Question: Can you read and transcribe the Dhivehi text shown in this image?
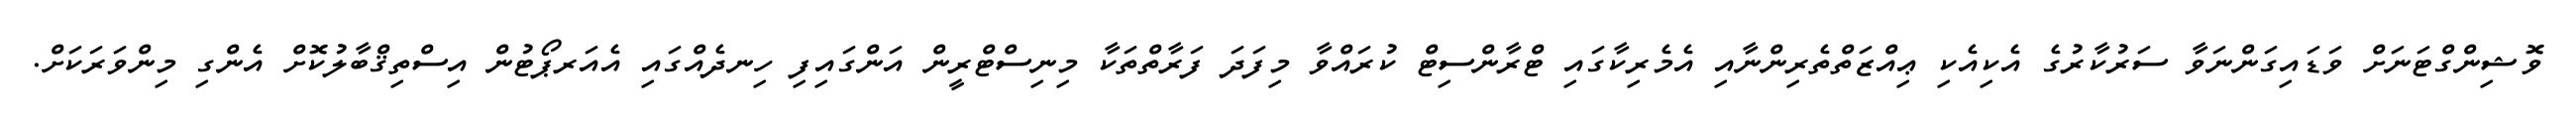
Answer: ވޮޝިންގްޓަނަށް ވަޑައިގަންނަވާ ސަރުކާރުގެ އެކިއެކި ޢިއްޒަތްތެރިންނާއި އެމެރިކާގައި ޓްރާންސިޓް ކުރައްވާ މިފަދަ ފަރާތްތަކާ މިނިސްޓްރީން އަންގައިފި ހިނދެއްގައި އެއަރޕޯޓުން އިސްތިޤްބާލުކޮށް އެންގި މިންވަރަކަށް.